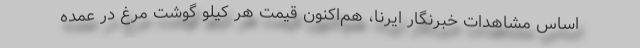
اساس مشاهدات خبرنگار ایرنا، هم‌اکنون قیمت هر کیلو گوشت مرغ در عمده